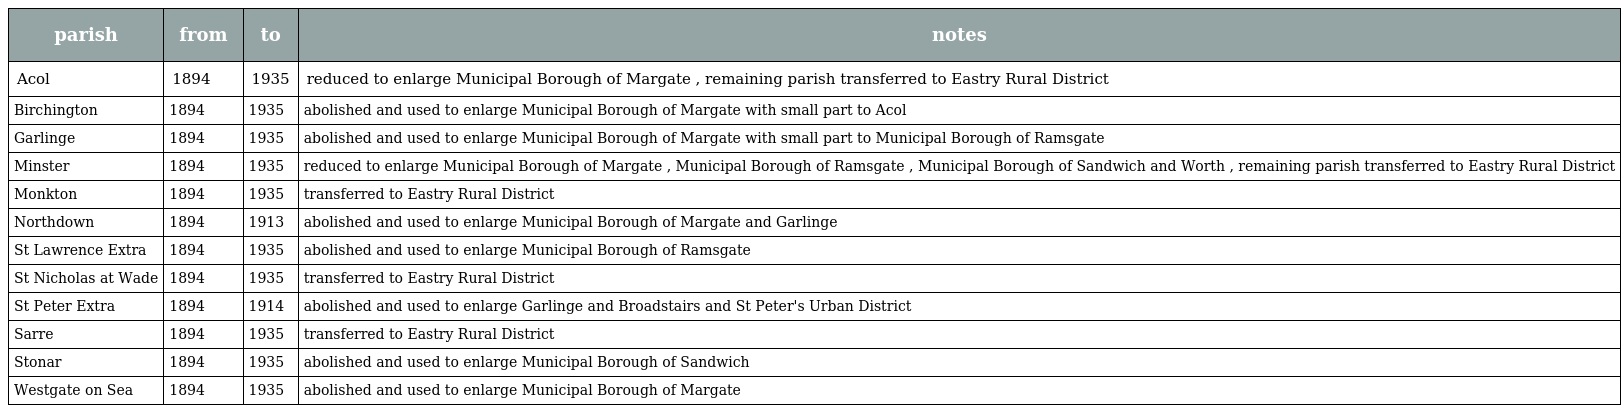
| parish | from | to | notes |
 | --- | --- | --- | --- |
 | Acol | 1894 | 1935 | reduced to enlarge Municipal Borough of Margate , remaining parish transferred to Eastry Rural District |
 | Birchington | 1894 | 1935 | abolished and used to enlarge Municipal Borough of Margate with small part to Acol |
 | Garlinge | 1894 | 1935 | abolished and used to enlarge Municipal Borough of Margate with small part to Municipal Borough of Ramsgate |
 | Minster | 1894 | 1935 | reduced to enlarge Municipal Borough of Margate , Municipal Borough of Ramsgate , Municipal Borough of Sandwich and Worth , remaining parish transferred to Eastry Rural District |
 | Monkton | 1894 | 1935 | transferred to Eastry Rural District |
 | Northdown | 1894 | 1913 | abolished and used to enlarge Municipal Borough of Margate and Garlinge |
 | St Lawrence Extra | 1894 | 1935 | abolished and used to enlarge Municipal Borough of Ramsgate |
 | St Nicholas at Wade | 1894 | 1935 | transferred to Eastry Rural District |
 | St Peter Extra | 1894 | 1914 | abolished and used to enlarge Garlinge and Broadstairs and St Peter's Urban District |
 | Sarre | 1894 | 1935 | transferred to Eastry Rural District |
 | Stonar | 1894 | 1935 | abolished and used to enlarge Municipal Borough of Sandwich |
 | Westgate on Sea | 1894 | 1935 | abolished and used to enlarge Municipal Borough of Margate |